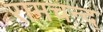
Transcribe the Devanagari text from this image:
रामचन्द॒